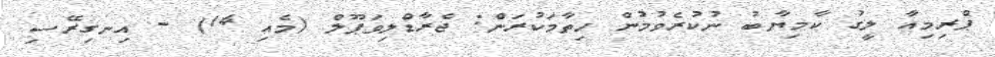
ޕްރިމިއާ ލީގު ކާމިޔާބު ނުކުރެވުުމުން ހިތާމަކުރަން: ޖެރާޑްލިވަޕޫލް (މެއި 14) - އިނގިރޭސި